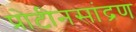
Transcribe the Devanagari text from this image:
प्रोटीनसांद्रण